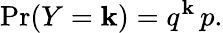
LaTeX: \operatorname*{Pr}(Y=\mathbf{k})=q^{\mathbf{k}}\, p.